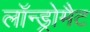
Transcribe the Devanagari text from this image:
लॉन्ड्रोमैट